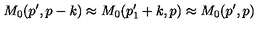
M _ { 0 } ( p ^ { \prime } , p - k ) \approx M _ { 0 } ( p _ { 1 } ^ { \prime } + k , p ) \approx M _ { 0 } ( p ^ { \prime } , p )